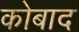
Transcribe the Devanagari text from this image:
कोबाद